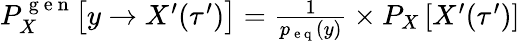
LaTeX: \begin{array}{r}{P_{X}^{\mathrm{~g~e~n~}}\bigl[y\to X^{\prime}(\tau^{\prime})\bigr]=\frac{1}{p_{\mathrm{~e~q~}}(y)}\times P_{X}\left[X^{\prime}(\tau^{\prime})\right]}\end{array}